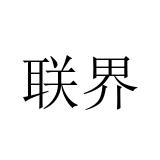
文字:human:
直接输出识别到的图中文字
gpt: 联界